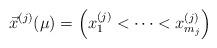
LaTeX: \begin{align*}\vec{x}^{(j)}(\mu)= \Big(x^{(j)}_1 < \cdots < x^{(j)}_{m_j}\Big)\end{align*}